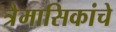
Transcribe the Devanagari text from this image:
त्रैमासिकांचे